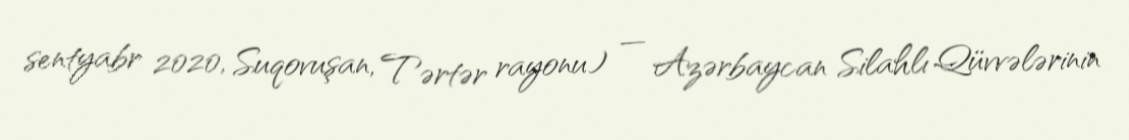
sentyabr 2020, Suqovuşan, Tərtər rayonu) — Azərbaycan Silahlı Qüvvələrinin